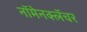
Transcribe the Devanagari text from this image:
नॉमेनक्लॅचर